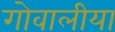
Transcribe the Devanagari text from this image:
गोवालीया